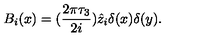
B _ { i } ( x ) = ( \frac { 2 \pi \tau _ { 3 } } { 2 i } ) \hat { z } _ { i } \delta ( x ) \delta ( y ) .